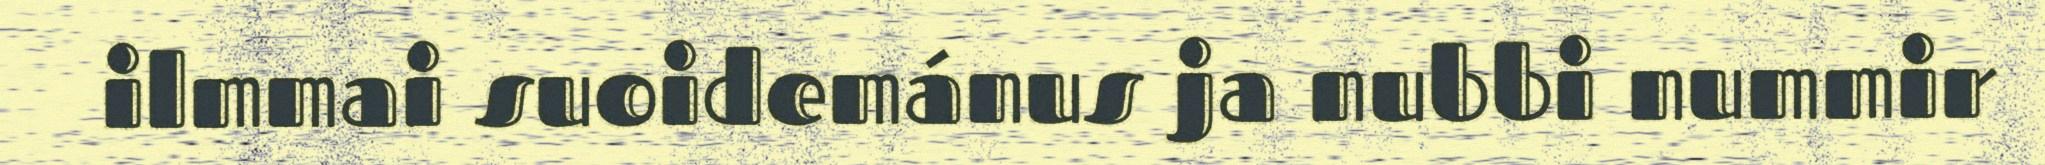
ilmmai suoidemánus ja nubbi nummir